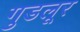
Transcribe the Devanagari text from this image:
गुडलूर